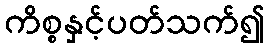
ကိစ္စနှင့်ပတ်သက်၍